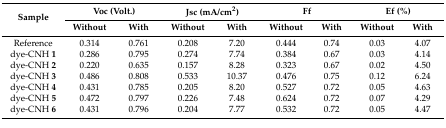
<table><thead><tr><td rowspan="2"><b>Sample</b></td><td colspan="2"><b>Voc (Volt.)</b></td><td colspan="2"><b>Jsc (mA/cm<sup>2</sup>)</b></td><td colspan="2"><b>Ff</b></td><td colspan="2"><b>Ef (%)</b></td></tr><tr><td><b>Without</b></td><td><b>With</b></td><td><b>Without</b></td><td><b>With</b></td><td><b>Without</b></td><td><b>With</b></td><td><b>Without</b></td><td><b>With</b></td></tr></thead><tbody><tr><td>Reference</td><td>0.314</td><td>0.761</td><td>0.208</td><td>7.20</td><td>0.444</td><td>0.74</td><td>0.03</td><td>4.07</td></tr><tr><td>dye-CNH <b>1</b></td><td>0.286</td><td>0.795</td><td>0.274</td><td>7.74</td><td>0.384</td><td>0.67</td><td>0.03</td><td>4.14</td></tr><tr><td>dye-CNH <b>2</b></td><td>0.220</td><td>0.635</td><td>0.157</td><td>8.28</td><td>0.323</td><td>0.67</td><td>0.02</td><td>4.50</td></tr><tr><td>dye-CNH <b>3</b></td><td>0.486</td><td>0.808</td><td>0.533</td><td>10.37</td><td>0.476</td><td>0.75</td><td>0.12</td><td>6.24</td></tr><tr><td>dye-CNH <b>4</b></td><td>0.431</td><td>0.785</td><td>0.205</td><td>8.20</td><td>0.527</td><td>0.72</td><td>0.05</td><td>4.63</td></tr><tr><td>dye-CNH <b>5</b></td><td>0.472</td><td>0.797</td><td>0.226</td><td>7.48</td><td>0.624</td><td>0.72</td><td>0.07</td><td>4.29</td></tr><tr><td>dye-CNH <b>6</b></td><td>0.431</td><td>0.796</td><td>0.204</td><td>7.77</td><td>0.532</td><td>0.72</td><td>0.05</td><td>4.47</td></tr></tbody></table>